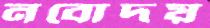
নবোদয়